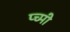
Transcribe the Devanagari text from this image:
प्च्मी